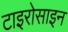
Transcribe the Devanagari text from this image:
टाइरोसाइन